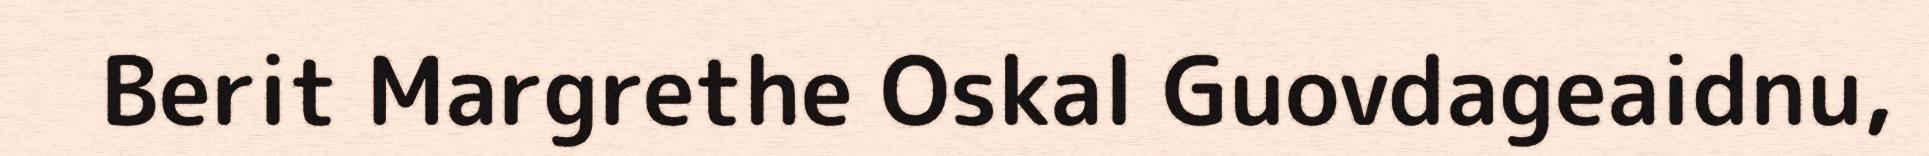
Berit Margrethe Oskal Guovdageaidnu,